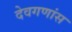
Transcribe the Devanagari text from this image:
देवगणांस